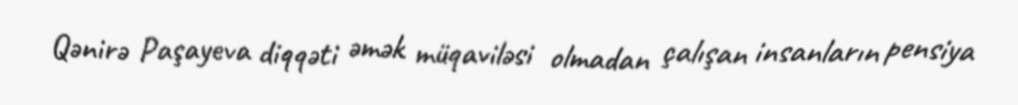
Qənirə Paşayeva diqqəti əmək müqaviləsi olmadan çalışan insanların pensiya